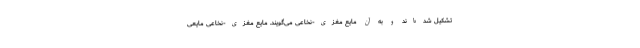
تشکیل شده‌اند و به آن مایع مغزی-نخاعی می‌گویند. مایع مغزی-نخاعی مایعی